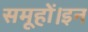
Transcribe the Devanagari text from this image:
समूहों।इन